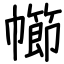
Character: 幯